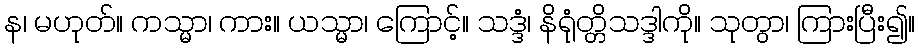
န၊ မဟုတ်။ ကသ္မာ၊ ကား။ ယသ္မာ၊ ကြောင့်။ သဒ္ဒံ၊ နိရုံတ္တိသဒ္ဒါကို။ သုတွာ၊ ကြားပြီး၍။